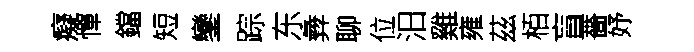
癡憚鐺短鑾踪东彜聊位汨雞雍茲栢盲薔妤